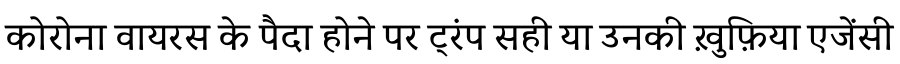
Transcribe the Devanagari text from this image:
कोरोना वायरस के पैदा होने पर ट्रंप सही या उनकी ख़ुफ़िया एजेंसी